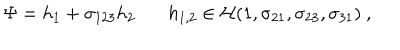
\Psi = h _ { 1 } + \sigma _ { 1 2 3 } h _ { 2 } ~ h _ { 1 , 2 } \in { \cal H } ( 1 , \sigma _ { 2 1 } , \sigma _ { 2 3 } , \sigma _ { 3 1 } ) ~ ,